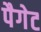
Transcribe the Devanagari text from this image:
पैगेट